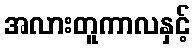
အလားတူကာလနှင့်